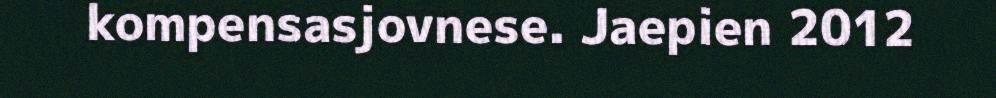
kompensasjovnese. Jaepien 2012